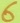
Text: 6